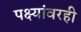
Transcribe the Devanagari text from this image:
पक्ष्यांवरही